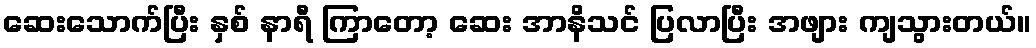
ဆေးသောက်ပြီး နှစ် နာရီ ကြာတော့ ဆေး အာနိသင် ပြလာပြီး အဖျား ကျသွားတယ်။